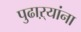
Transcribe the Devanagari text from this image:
पुढाऱ्यांना